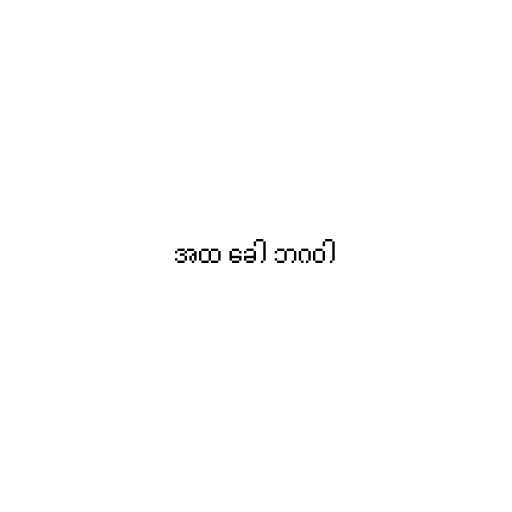
အထ ခေါ ဘဂဝါ